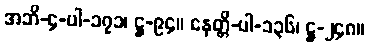
အဘိ-၄-ပါ-၁၇၁၊ ဋ္ဌ-၉၄။ နေတ္တိ-ပါ-၁၃၆၊ ဋ္ဌ-၂၄၈။